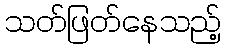
သတ်ဖြတ်နေသည့်